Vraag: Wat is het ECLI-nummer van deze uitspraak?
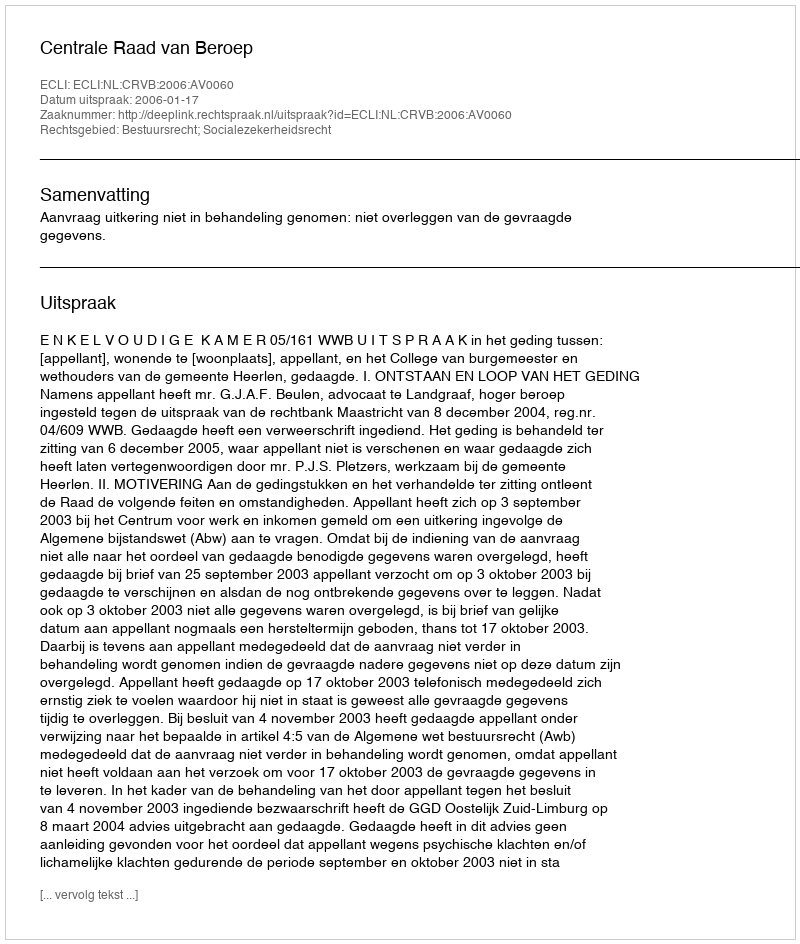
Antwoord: ECLI:NL:CRVB:2006:AV0060